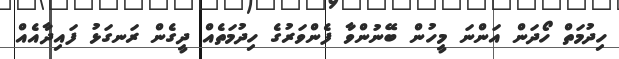
ހިދުމަތް ހޯދަން އަންނަ މީހުން ބޭނުންވާ ފެންވަރުގެ ހިދުމަތެއް ދީގެން ރަނގަޅު ފައިދާއެއް